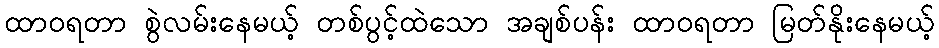
ထာဝရတာ စွဲလမ်းနေမယ့် တစ်ပွင့်ထဲသော အချစ်ပန်း ထာဝရတာ မြတ်နိုးနေမယ့်